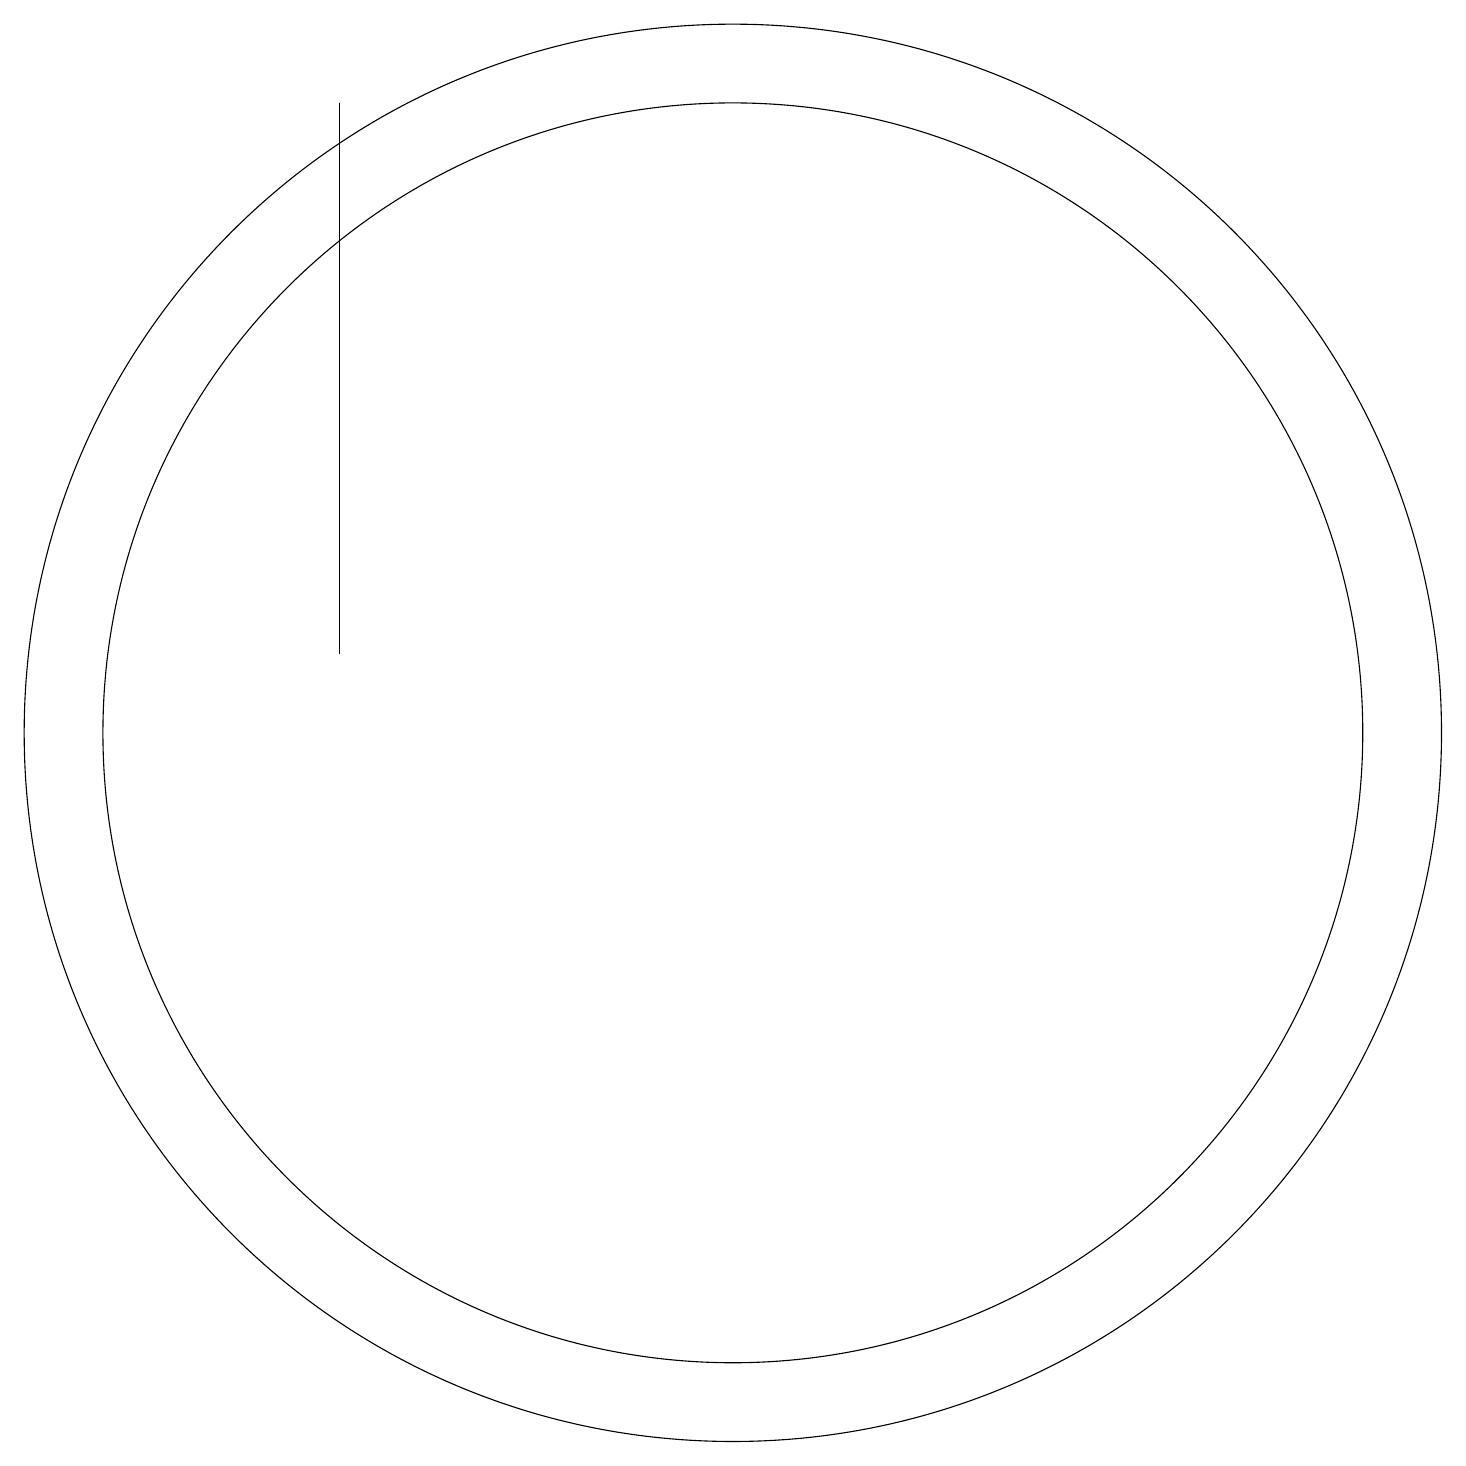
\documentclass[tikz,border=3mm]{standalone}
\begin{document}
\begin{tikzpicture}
\draw (11,10) circle (9);
\draw (6,11) rectangle (6,18);
\draw (11,10) circle (8);
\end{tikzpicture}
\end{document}